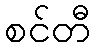
စင်တီ